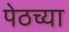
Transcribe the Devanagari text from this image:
पेठच्या